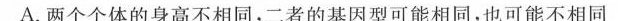
A.两个个体的身高不相同，二者的基因型可能相同，也可能不相同